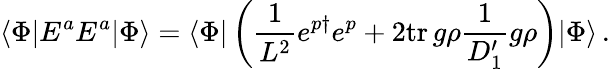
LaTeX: \langle\Phi|E^{a}E^{a}|\Phi\rangle=\langle\Phi|\left(\frac{1}{L^{2}}e^{p\dagger}e^{p}+2\mathrm{tr}\, g\rho\frac{1}{D_{1}^{\prime}}g\rho\right)|\Phi\rangle\, .